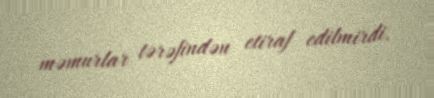
məmurlar tərəfindən etiraf edilmirdi.